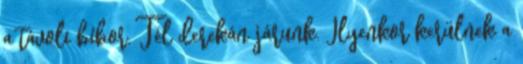
a távoli bíbor. Tél derekán járunk. Ilyenkor kerülnek a